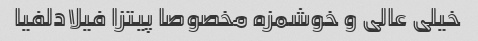
خیلی عالی و خوشمزه مخصوصا پیتزا فیلادلفیا